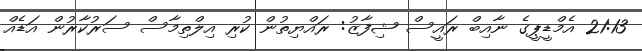
21:13 އެމްޑީޕީގެ ނާއިބް ރައީސް ޝިފާޒު: ރައްޔިތުން ކުރި އިލްތިމާސް ސަރުކާރުން އަޑެއް